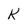
Character: K